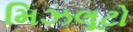
મિઝલૂટો